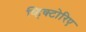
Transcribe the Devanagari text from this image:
व्हिक्टोरिए